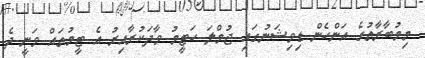
މިމުބާރާތުގެ އަންހެން ޑިވިޝަނުގައި ޖުމްލަ ހަޓީމު ވާދަކުރާއިރު އެ ޓީމުތައް ވަނީ ދެ